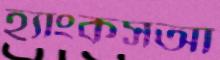
হ্যাংকসআ